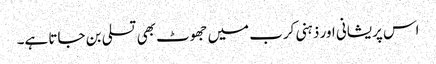
اس پریشانی اور ذہنی کرب میں جھوٹ بھی تسلی بن جاتا ہے۔